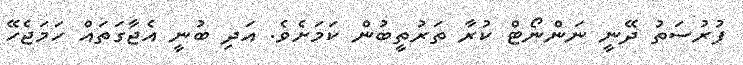
ފުރުސަތު ދޭނީ ނަންނޯޓް ކުރާ ތަރުތީބުން ކަމަށެވެ. އަދި ބުނީ އެޖާގަތައް ހަމަޖެހޭ